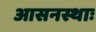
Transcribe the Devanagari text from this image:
आसनस्थाः